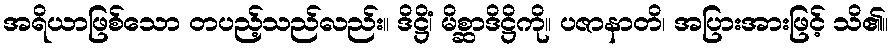
အရိယာဖြစ်သော တပည့်သည်လည်း။ ဒိဋ္ဌိံ၊ မိစ္ဆာဒိဋ္ဌိကို။ ပဇာနာတိ၊ အပြားအားဖြင့် သိ၏။